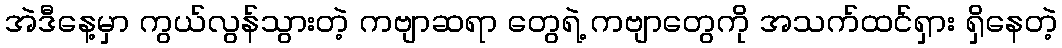
အဲဒီနေ့မှာ ကွယ်လွန်သွားတဲ့ ကဗျာဆရာ တွေရဲ့ ကဗျာတွေကို အသက်ထင်ရှား ရှိနေတဲ့